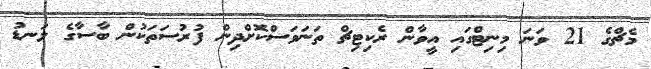
މެޗްގެ 21 ވަނަ މިނިޓްގައި އީވާން ރެކިޓިޗް ތަނަވަސްކޮށްދިން ފުރުސަތަކުން ބާސާގެ ލަނޑު